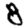
Digit: 8